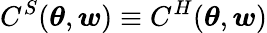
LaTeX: C^{S}(\boldsymbol{\theta},\boldsymbol{w})\equiv C^{H}(\boldsymbol{\theta},\boldsymbol{w})